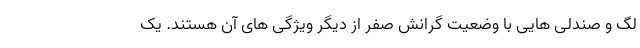
لگ و صندلی هایی با وضعیت گرانش صفر از دیگر ویژگی های آن هستند. یک